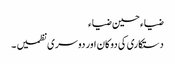
ضیاء حسین ضیاء
دستکاری کی دوکان اور دوسری نظمیں ۔